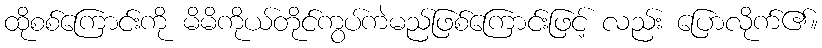
ထိုစစ်ကြောင်းကို မိမိကိုယ်တိုင်ကွပ်ကဲမည်ဖြစ်ကြောင်းဖြင့် လည်း ပြောလိုက်၏။